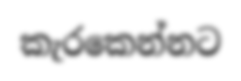
කැරකෙන්නට